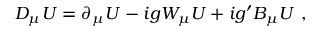
D _ { \mu } U = \partial _ { \mu } U - i g W _ { \mu } U + i g ^ { \prime } B _ { \mu } U ~ ,